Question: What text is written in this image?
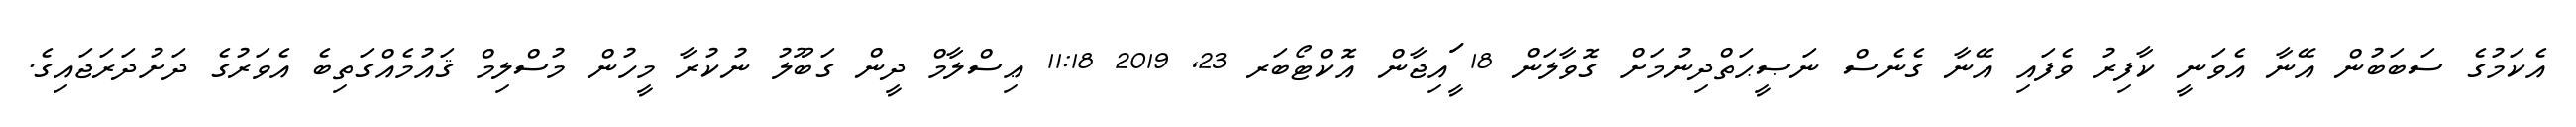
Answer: އެކަމުގެ ސަބަބުން އޭނާ އެވަނީ ކާފިރު ވެފައި އޭނާ ގެނެސް ނަޞީޙަތްދިނުމަށް ގޮވާލަން 18 ީަައިޖާން އޮކްޓޯބަރ 23, 2019 11:18 ޢިސްލާމް ދީން ގަބޫލު ނުކުރާ މީހުން މުސްލިމް ޤައުމެއްގަތިބެ އެވަރުގެ ދަށުދަރަޖައިގެ.